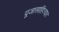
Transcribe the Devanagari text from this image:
पूजासाहित्यात